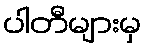
ပါတီများမှ